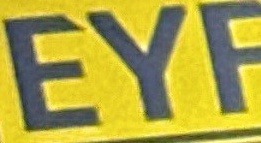
EYF